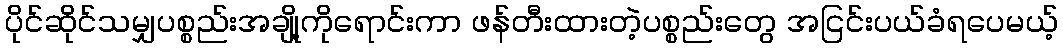
ပိုင်ဆိုင်သမျှပစ္စည်းအချို့ကိုရောင်းကာ ဖန်တီးထားတဲ့ပစ္စည်းတွေ အငြင်းပယ်ခံရပေမယ့်